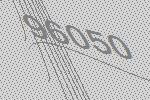
96050